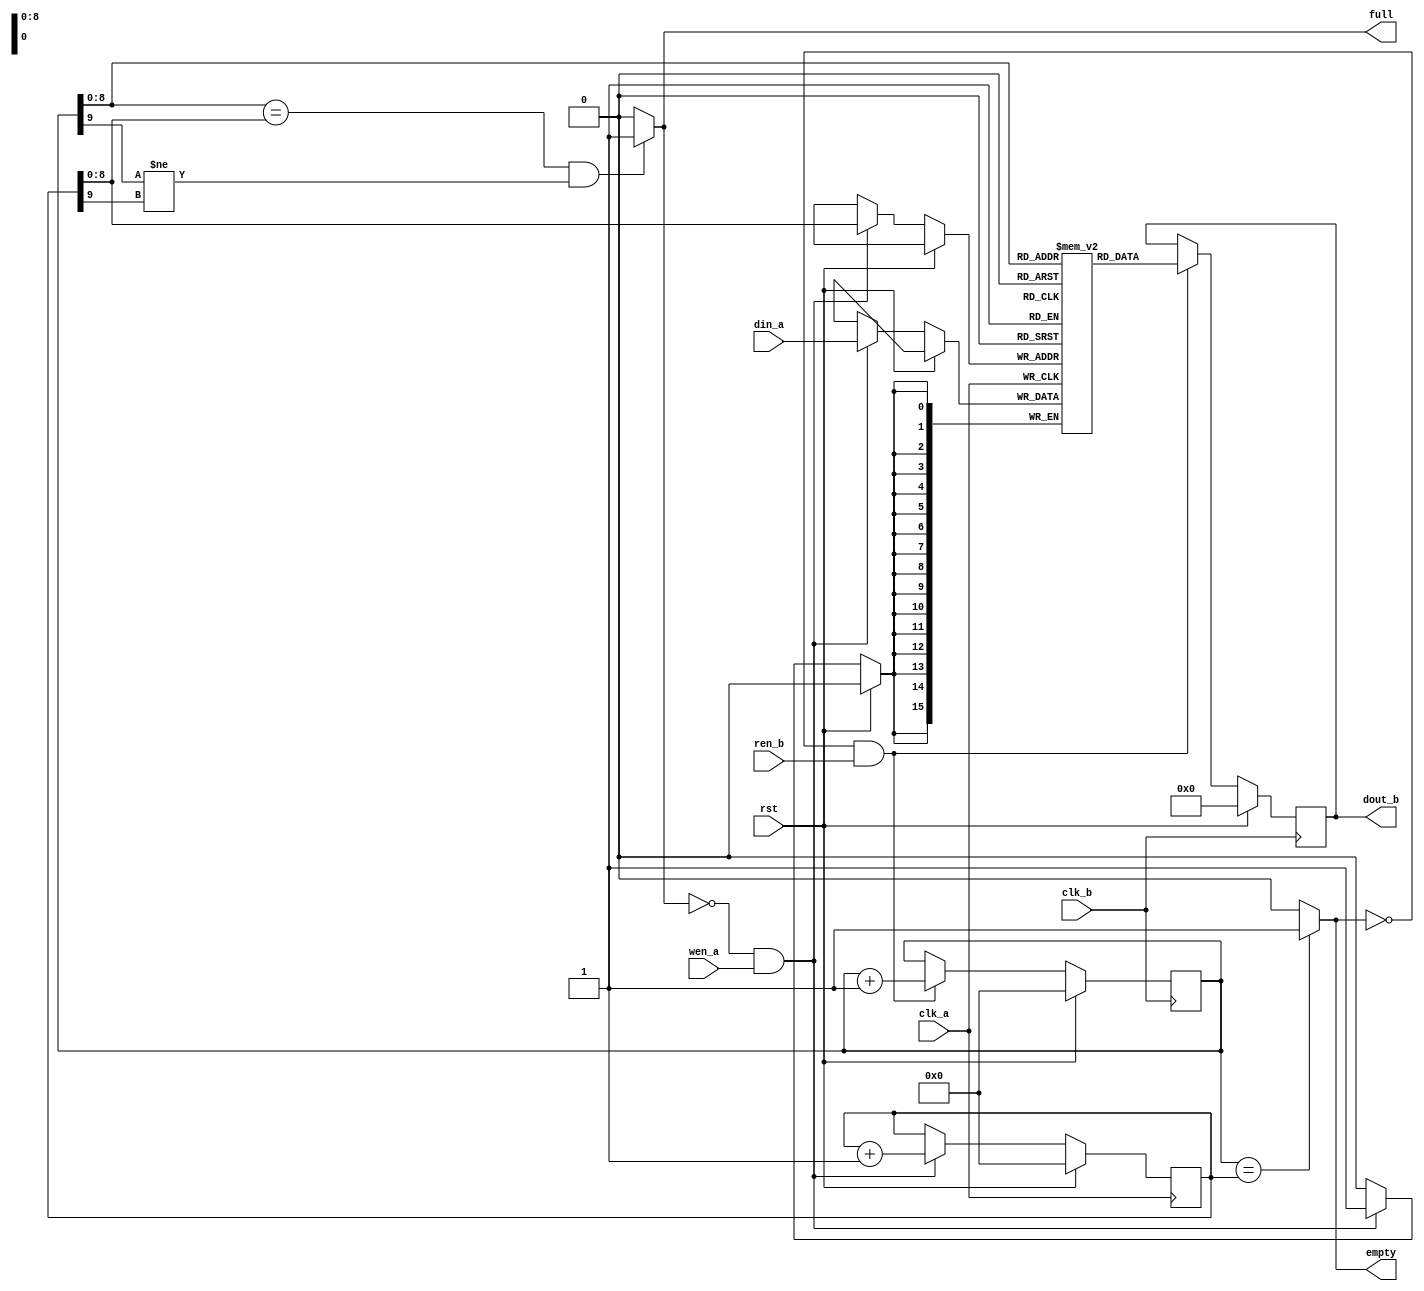
module FIFO(din_a,wen_a,ren_b,clk_a,clk_b,rst,dout_b,full,empty);
parameter FIFO_WIDTH = 16;
parameter FIFO_DEPTH = 512;
parameter ADDR_SIZE = 9;
input [FIFO_WIDTH-1:0] din_a;
input wen_a,ren_b,clk_a,clk_b,rst;
output reg [FIFO_WIDTH-1:0] dout_b;
output full,empty;
reg [ADDR_SIZE:0] rd_ptr,wr_ptr;
reg [FIFO_WIDTH-1:0] fifo [FIFO_DEPTH-1:0];

assign full =((rd_ptr[ADDR_SIZE-1:0] == wr_ptr[ADDR_SIZE-1:0]) && (rd_ptr[ADDR_SIZE] != wr_ptr[ADDR_SIZE]))? 1'b1:1'b0 ;
assign empty = (rd_ptr == wr_ptr)? 1'b1:1'b0;

always @(posedge clk_a) begin
	if (rst)
		wr_ptr <= 1'b0;
	else if (~full && wen_a) begin
		fifo[wr_ptr[ADDR_SIZE-1:0]] <= din_a;
		wr_ptr <= wr_ptr + 1;
	end
end
always @(posedge clk_b)begin
	if (rst) begin
		dout_b <= 'b0;
		rd_ptr <= 1'b0;
	end
	else if (~empty && ren_b) begin
		dout_b <= fifo[rd_ptr[ADDR_SIZE-1:0]];
		rd_ptr <= rd_ptr + 1; 
	end
end
endmodule